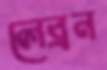
লেব্রন